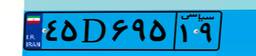
۴۵D۶۹۵۱۹